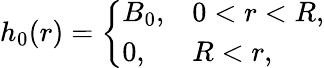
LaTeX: h_{0}(r)=\left\{ \begin{array}{ll}{{\displaystyle B_{0},}}&{{0<r<R,}}\\ {{\displaystyle 0,}}&{{R<r,}}\end{array}\right.